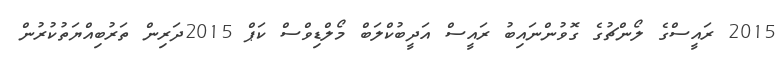
2015 ރައީސްގެ ލޯންޗުގެ ގޮވުންނައިބު ރައީސް އަދީބުކްލަބް މޯލްޑިވްސް ކަޕް 2015ދަރިން ތަރުބިއްޔަތުކުރުން